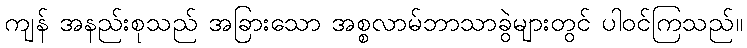
ကျန် အနည်းစုသည် အခြားသော အစ္စလာမ်ဘာသာခွဲများတွင် ပါဝင်ကြသည်။